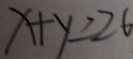
x + y = 2 6